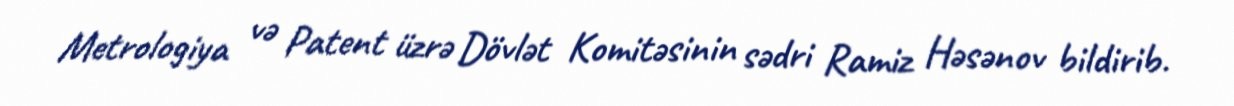
Metrologiya və Patent üzrə Dövlət Komitəsinin sədri Ramiz Həsənov bildirib.